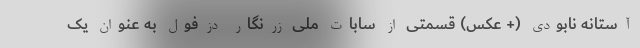
آستانه نابودی (+ عکس) قسمتی از سابات ملی زرنگار دزفول به عنوان یک